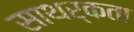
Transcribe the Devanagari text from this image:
साथर्कता